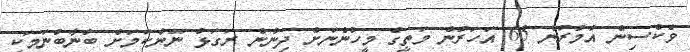
ވެކްސިން އުމުރުން 65 އަހަރުން މަތީގެ މީހުންނަށް ދިނުން ރަގަޅު ނޫންކަމަށް ބުނާބުނަމަކީ